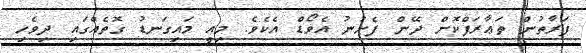
ފަރާތުން ތަޢާރަފްކޮށް ދޭން ފެށުނު އެވޯޑް އެކެވެ. މިއީ މައިގަނޑު ގޮތެއްގައި ދިވެހި